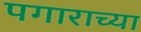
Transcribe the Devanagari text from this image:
पगाराच्या